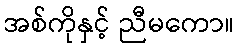
အစ်ကိုနှင့် ညီမကော။